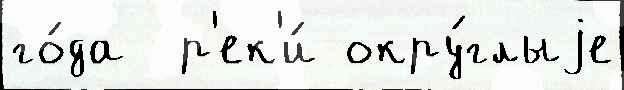
го́да  р'ек'и́ окру́глыjе